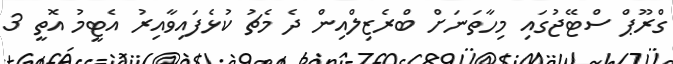
ގްރޫޕް ސްޓޭޖުގައި މިހާތަނަށް ބްރެޒިލްއިން ދެ މެޗު ކުޅެފައިވާއިރު އެޓީމު އޮތީ 3